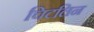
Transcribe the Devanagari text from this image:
चिटलिन